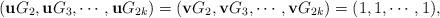
LaTeX: \begin{align*}(\mathbf{u}G_2,\mathbf{u}G_3,\cdots,\mathbf{u}G_{2k})=(\mathbf{v}G_2,\mathbf{v}G_3,\cdots,\mathbf{v}G_{2k})=(1,1,\cdots,1),\end{align*}